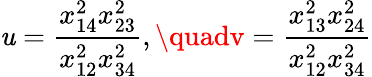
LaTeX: \mathit{u}=\frac{{x_{14}^{2}x_{23}^{2}}}{{x_{12}^{2}x_{34}^{2}}},\quadv=\frac{{x_{13}^{2}x_{24}^{2}}}{{x_{12}^{2}x_{34}^{2}}}